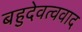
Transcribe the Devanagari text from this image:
बहुदेवत्ववाद